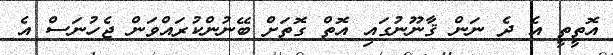
އޮތީތީ އެ ދެ ނަން ޤާނޫނުގައި އޮތް ގޮތަށް ބޭނުންކުރައްވަން ޖެހުނަސް އެ